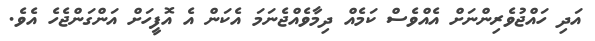
އަދި ހައްޖުވެރިންނަށް އެއްވެސް ކަމެއް ދިމާވެއްޖެނަމަ އެކަން އެ އޮފީހަށް އަންގަންޖެހެ އެވެ.